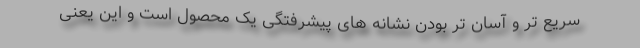
سریع تر و آسان تر بودن نشانه های پیشرفتگی یک محصول است و این یعنی